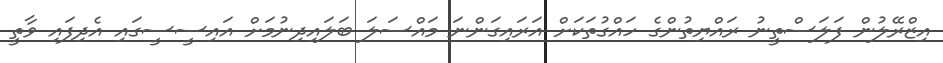
އިޒްރޭލުން ފަލަސްތީނު ރައްޔިތުންގެ ހައްގުތަކަށް އަރައިގަންނަ މައްސަލަ ބަލައިދިނުމަށް އައިސީސީގައި އެދިފައި ވާތީ